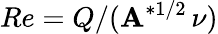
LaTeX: Re=Q/(\mathbf{A}^{*1/2}\, \nu)